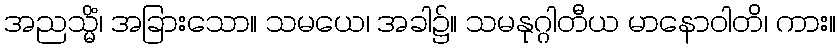
အညသ္မိံ၊ အခြားသော။ သမယေ၊ အခါ၌။ သမနုဂ္ဂါတီယ မာနောဝါတိ၊ ကား။